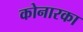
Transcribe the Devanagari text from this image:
कोनारका